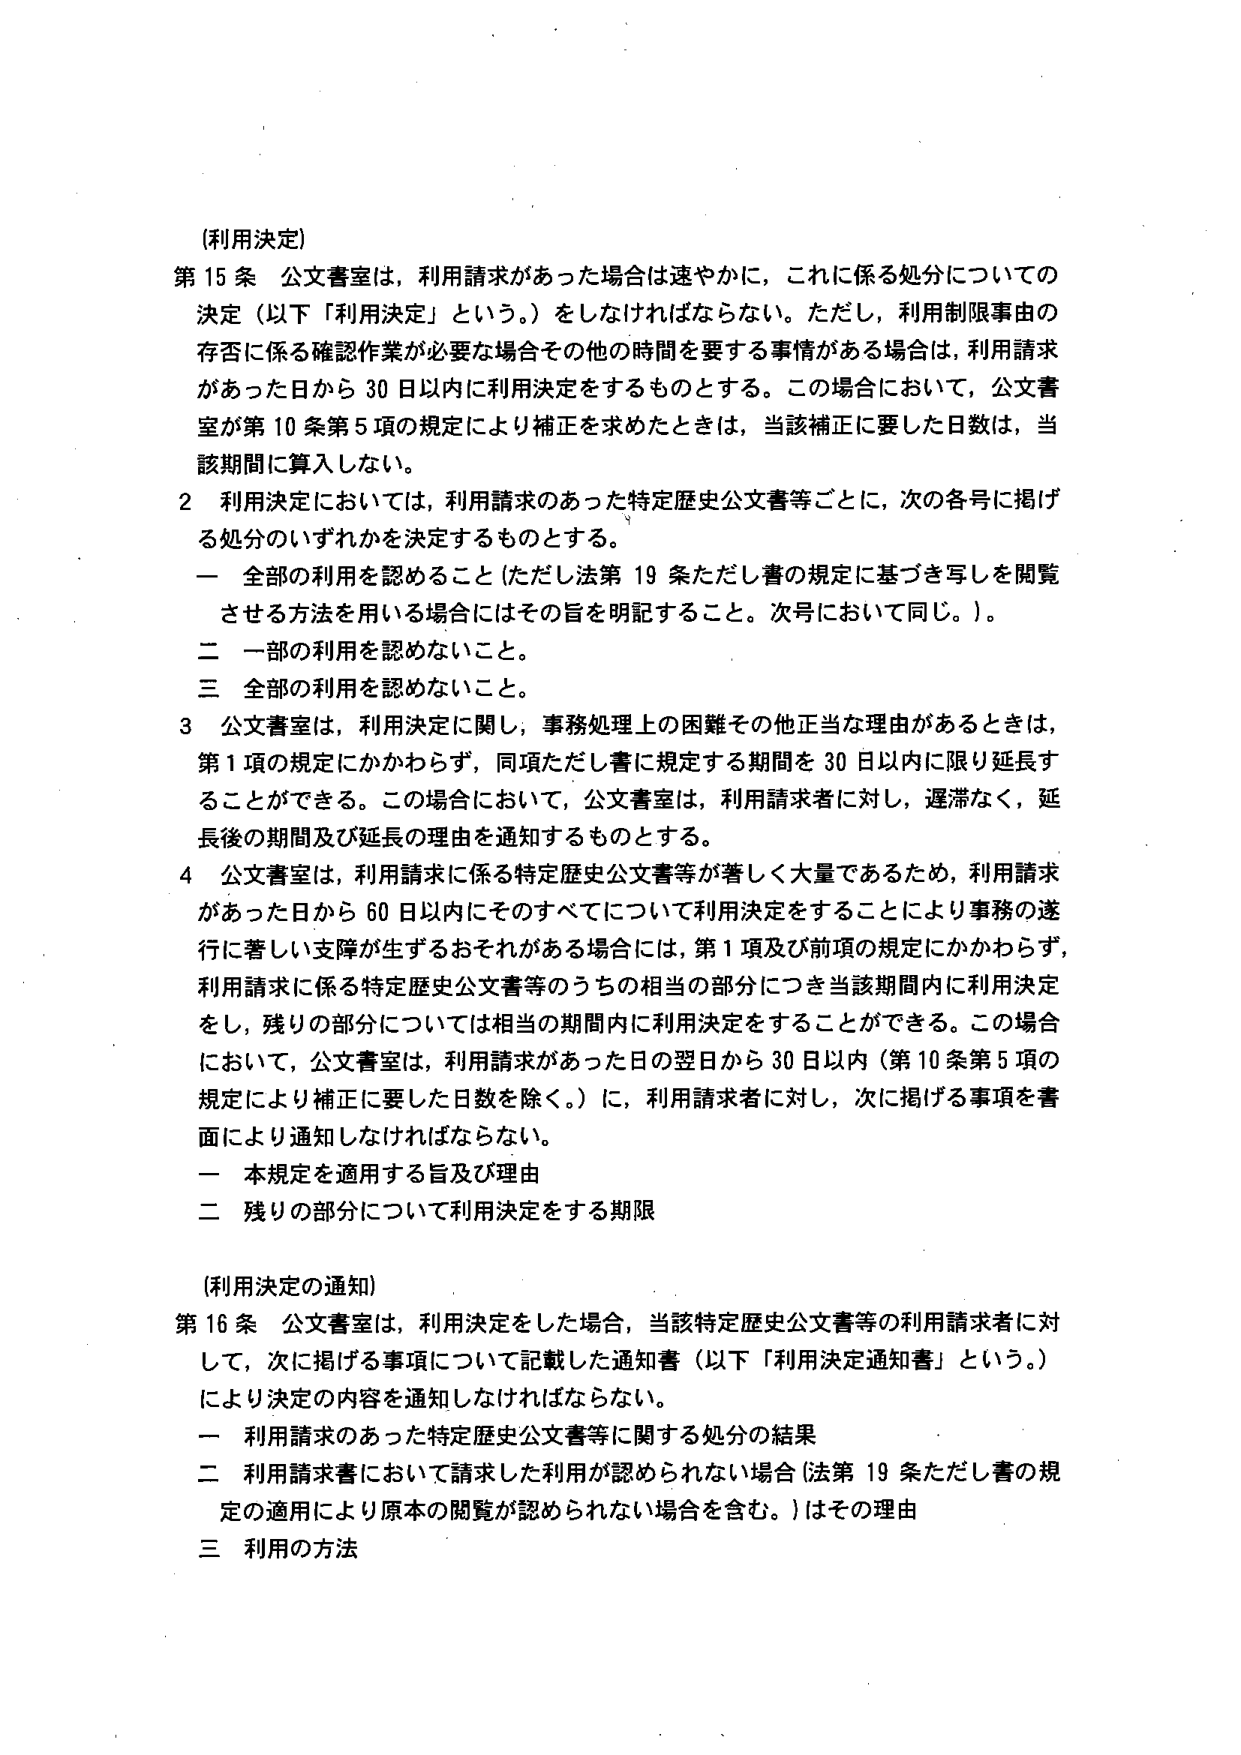
(利用決定)
第15条 公文書室は、利用請求があった場合は速やかに、これに係る処分についての決定（以下「利用決定」という。）をしなければならない。ただし、利用制限事由の存否に係る確認作業が必要な場合その他その時間要する事情がある場合は、利用請求があった日から30日以内に利用決定をするものとする。この場合において、公文書室が第10条第5項の規定により補正を求めたときは、当該補正に要した日数は、当該期間に算入しない。

2 利用決定においては、利用請求のあった特定歴史公文書等ごとに、次の各号に掲げる処分のいずれかを決定するものとする。
一 全部の利用を認めること（ただし法第19条ただし書の規定に基づき写しを閲覧させる方法を用いる場合にはその旨を明記すること。次号において同じ。）。
二 一部の利用を認めないこと。
三 全部の利用を認めないこと。

3 公文書室は、利用決定に関し、事務処理上の困難その他正当な理由があるときは、第1項の規定にかかわらず、同項ただし書に規定する期間を30日以内に限り延長することができる。この場合において、公文書室は、利用請求者に対し、遅滞なく、延長後の期間及び延長の理由を通知するものとする。

4 公文書室は、利用請求に係る特定歴史公文書等が著しく大量であるため、利用請求があった日から60日以内にそのすべてについて利用決定をすることにより事務の遂行に著しい支障が生ずるおそれがある場合には、第1項及び前項の規定にかかわらず、利用請求に係る特定歴史公文書等のうちの相当の部分につき当該期間内に利用決定をし、残りの部分については相当の期間内に利用決定をすることができる。この場合において、公文書室は、利用請求があった日の翌日から30日以内（第10条第5項の規定により補正に要した日数を除く。）に、利用請求者に対し、次に掲げる事項を書面により通知しなければならない。
一 本規定を適用する旨及び理由
二 残りの部分について利用決定をする期限

(利用決定の通知)
第16条 公文書室は、利用決定をした場合、当該特定歴史公文書等の利用請求者に対して、次に掲げる事項について記載した通知書（以下「利用決定通知書」という。）により決定の内容を通知しなければならない。
一 利用請求のあった特定歴史公文書等に関する処分の結果
二 利用請求書において請求した利用が認められない場合（法第19条ただし書の規定の適用により原本の閲覧が認められない場合を含む。）はその理由
三 利用の方法